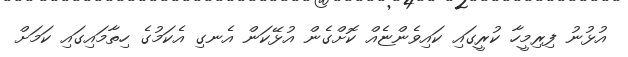
އުޅުނު ފިރިމީހާ ކުރީގައި ކައިވެންޏެއް ކޮށްގެން އުޅޭކަން އެނގި އެކަމުގެ ހިތާމައިގައި ކަމަށް